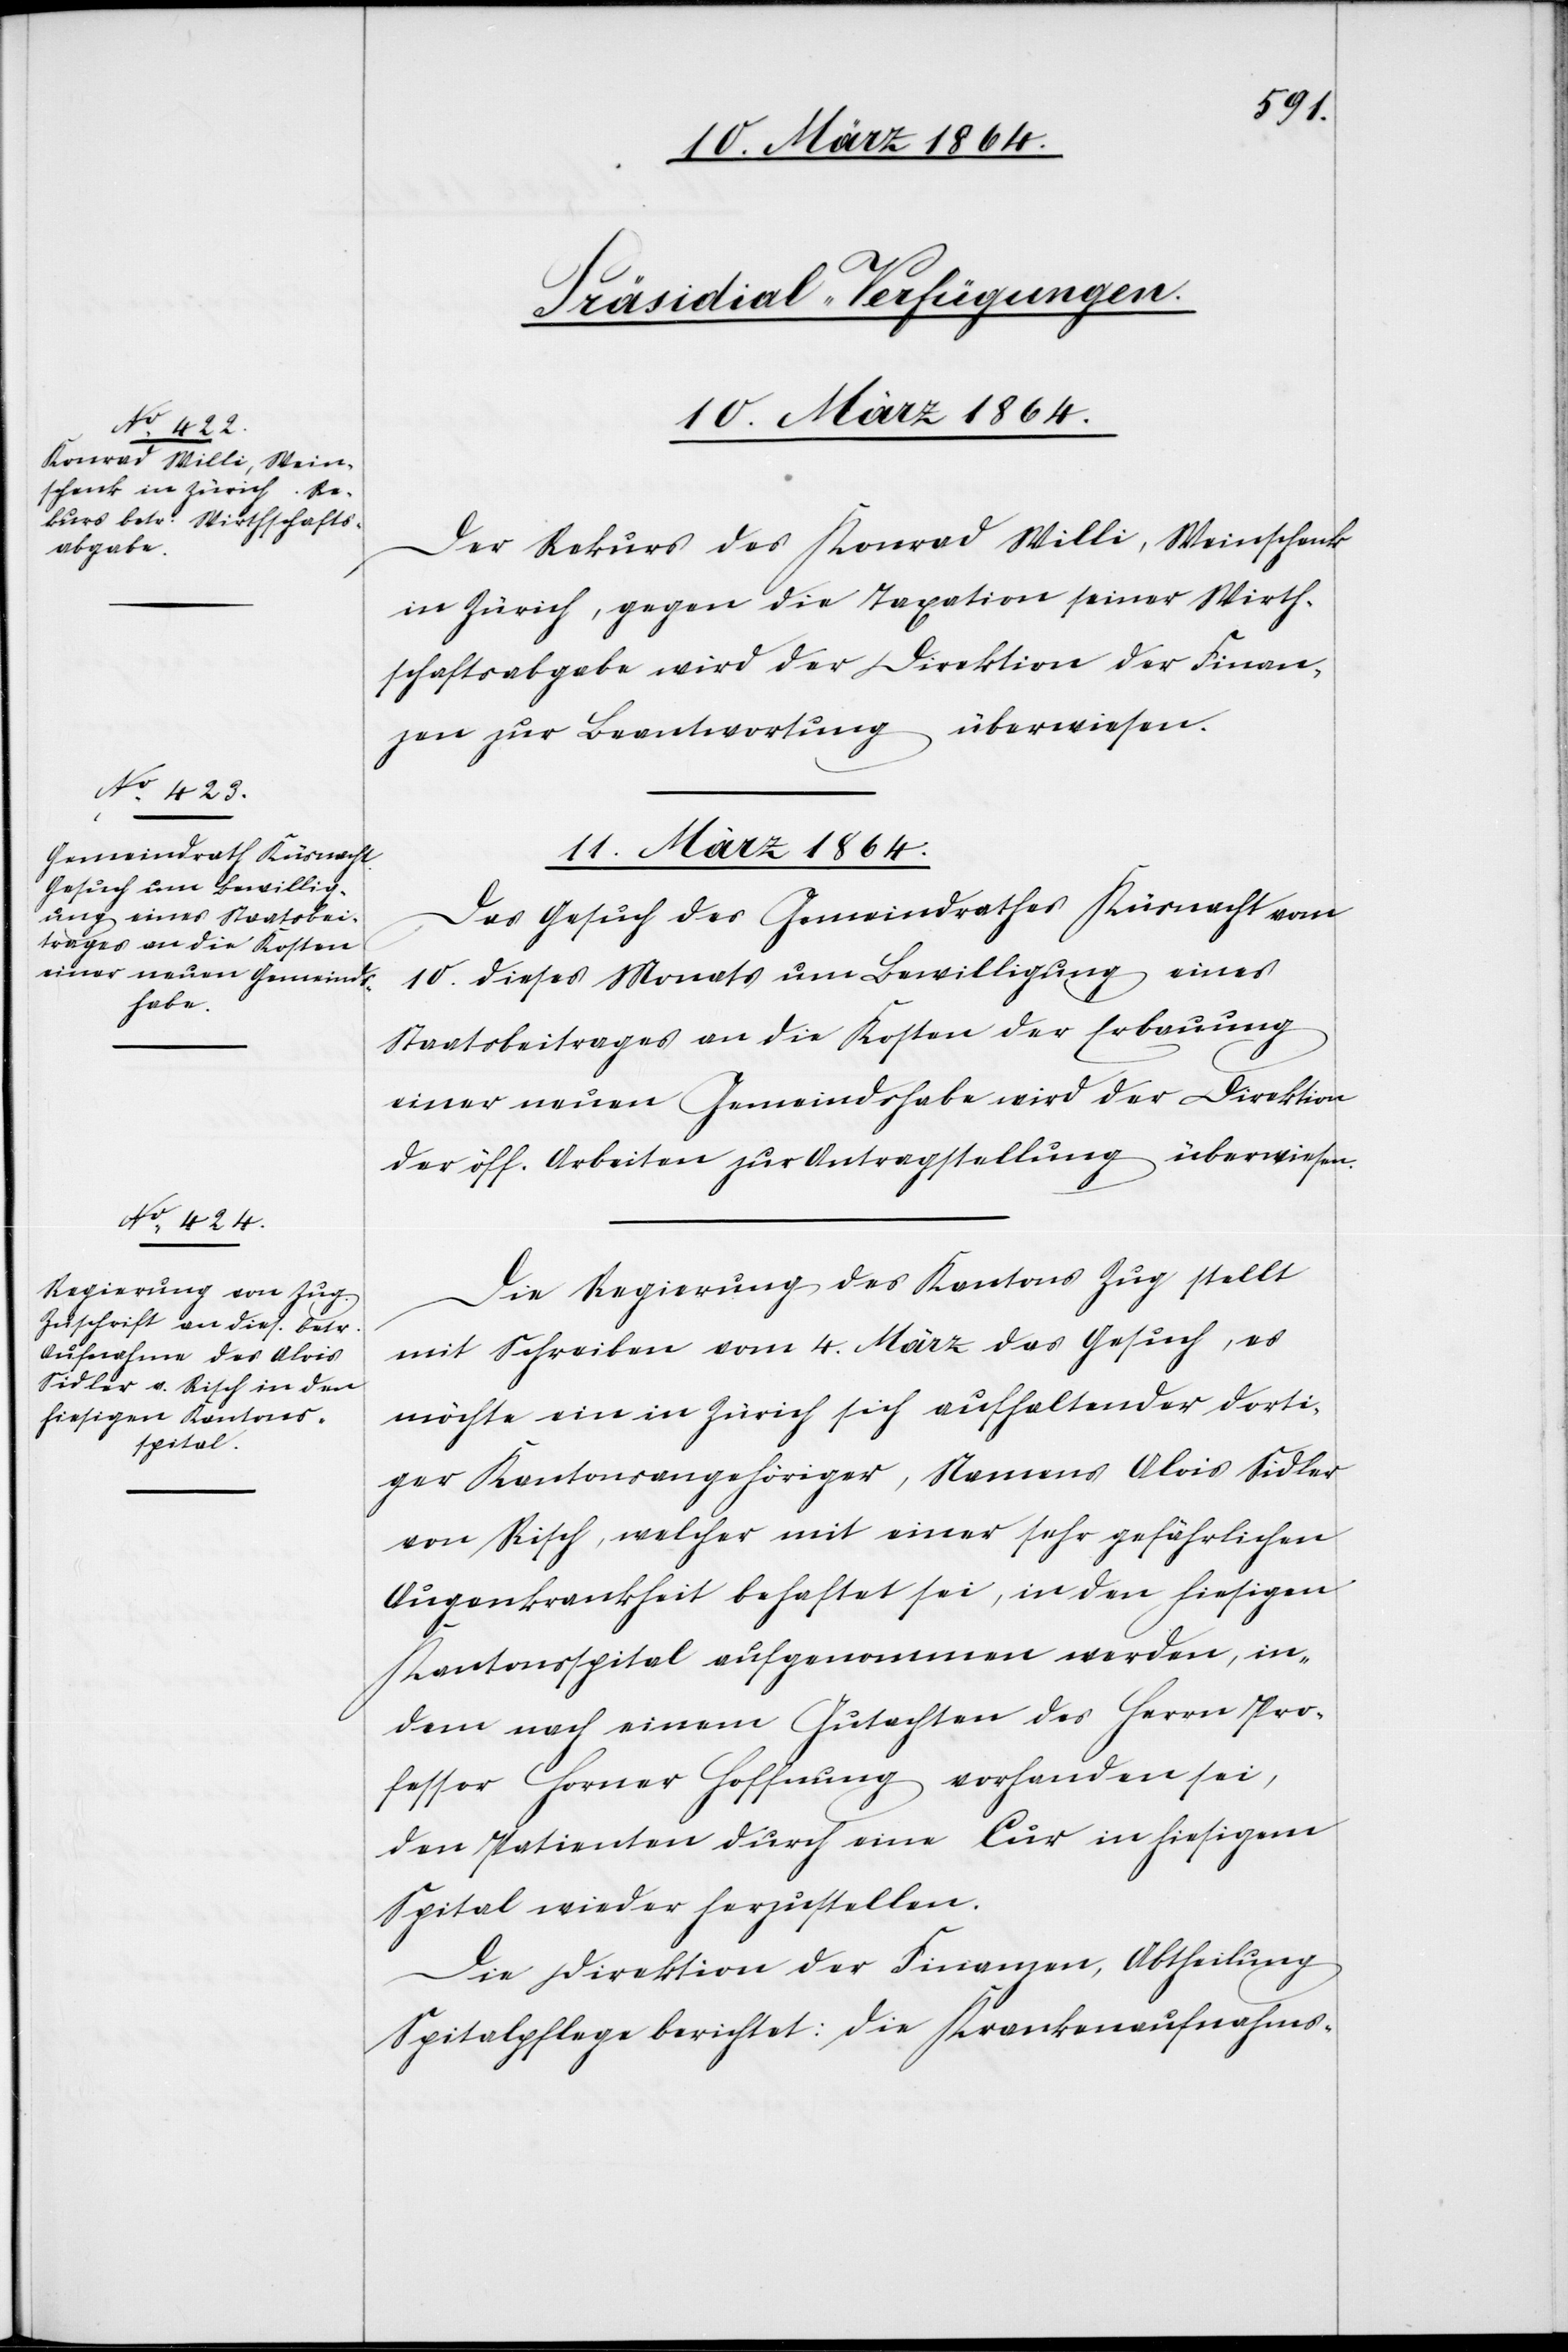
11. März 1864.]
[Präsidial-Verfügungen.
Der Rekurs des Konrad Willi, Weinschenk
in Zürich, gegen die Taxation seiner Wirth¬
schaftsabgabe wird der Direktion der Finan¬
zen zur Beantwortung überwiesen.
11. März 1864.
Das Gesuch des Gemeindrathes Küsnacht vom
10. dieses Monats um Bewilligung eines
Staatsbeitrages an die Kosten der Erbauung
einer neuen Gemeindshabe wird der Direktion
der öff. Arbeiten zur Antragstellung überwiesen.
Die Regierung des Kantons Zug stellt
mit Schreiben vom 4. März das Gesuch, es
möchte ein in Zürich sich aufhaltender dorti¬
ger Kantonsangehöriger, Namens Alois Sidler
von Risch, welcher mit einer sehr gefährlichen
Augenkrankheit behaftet sei, in den hiesigen
Kantonsspital aufgenommen werden, in¬
dem nach einem Gutachten des Herrn Pro¬
fessor Horner Hoffnung vorhanden sei,
den Patienten durch eine Cur in hiesigem
Spital wieder herzustellen.
Die Direktion der Finanzen, Abtheilung
Spitalpflege berichtet: Die Krankenaufnahms-